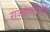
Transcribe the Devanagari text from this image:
राजवाड्याआधी